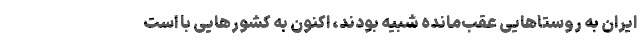
ایران به روستاهایی عقب‌مانده شبیه بودند، اکنون به کشورهایی با است